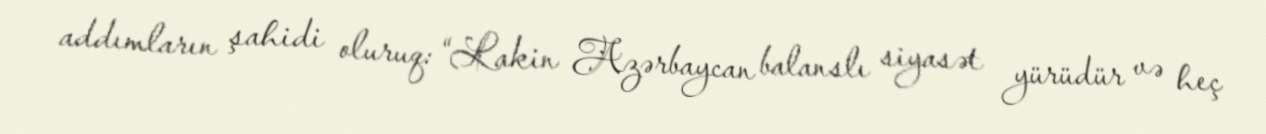
addımların şahidi oluruq: “Lakin Azərbaycan balanslı siyasət yürüdür və heç